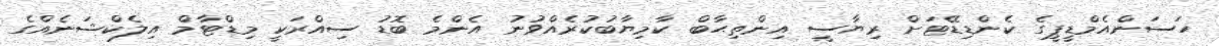
ހަސަންއެމްޑީޕީގެ ކެންޑިޑޭޓަށް ރިޔާސީ އިންތިޙާބް ކާމިޔާބުކުރެއްވުނު އެންމެ ބޮޑު ސިއްރަކީ މިޑްޓާމް އިލެކްޝަނެއްގެ